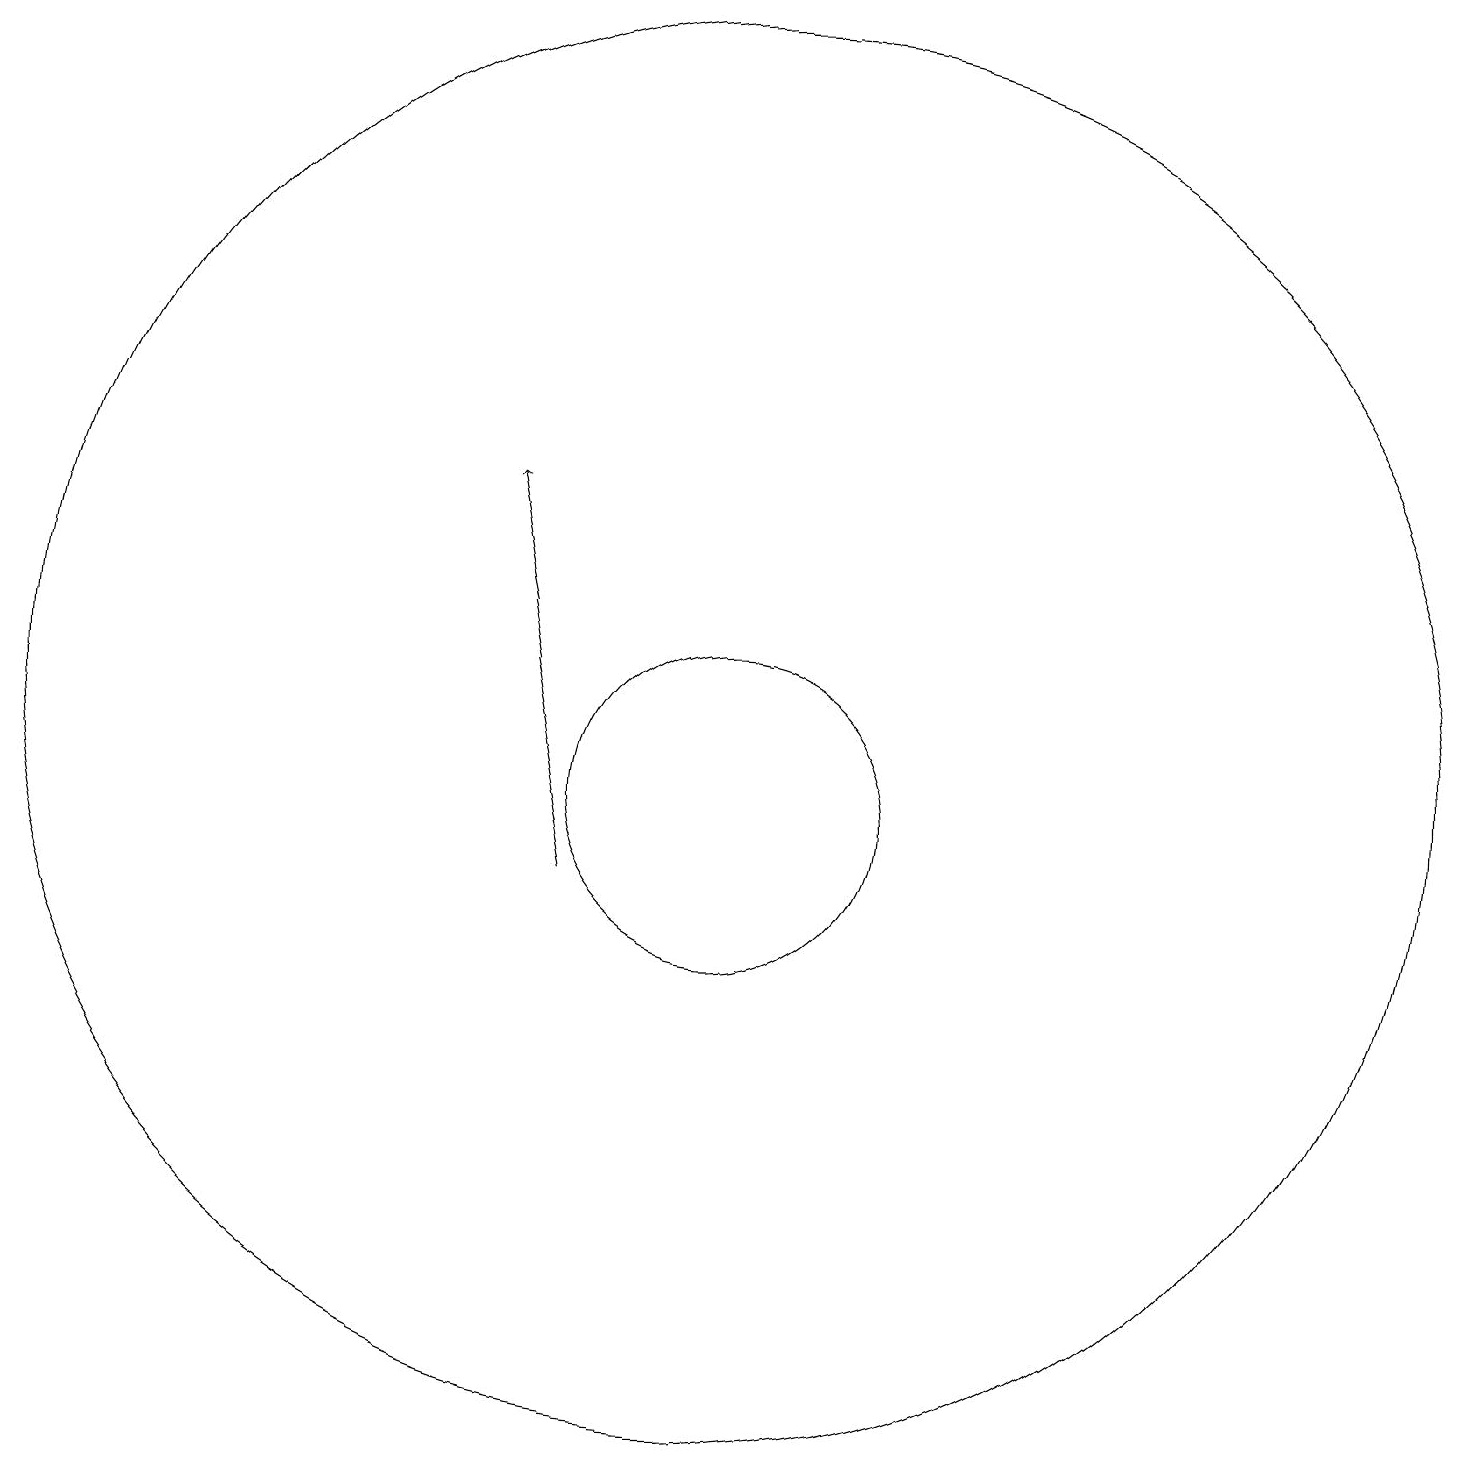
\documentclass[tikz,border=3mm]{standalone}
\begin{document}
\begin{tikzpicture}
\draw (11,11) circle (2);
\draw[->] (9,10) -- (8,15);
\draw (11,12) circle (9);
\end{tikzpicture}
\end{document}